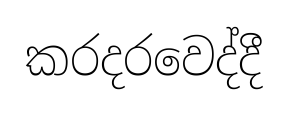
කරදරවෙද්දී